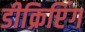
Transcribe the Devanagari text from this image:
डीक्रिप्टिंग